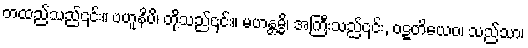
တထည်သည်၎င်း။ ဗဟူနိပိ၊ တို့သည်၎င်း။ မဟန္တမ္မိ၊ အကြီးသည်၎င်း, ဝဋ္ဋတိယေဝ၊ သည်သာ၊